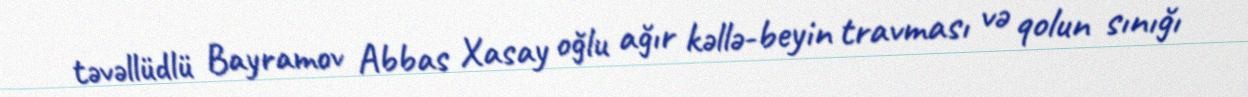
təvəllüdlü Bayramov Abbas Xasay oğlu ağır kəllə-beyin travması və qolun sınığı